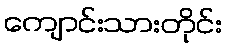
ကျောင်းသားတိုင်း